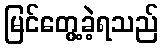
မြင်တွေ့ခဲ့ရသည်